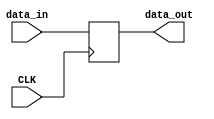
`timescale 1ns / 1ps
//////////////////////////////////////////////////////////////////////////////////
// Company: 
// Engineer: 
// 
// Design Name: 
// Module Name: DR
// Project Name: 
// Target Devices: 
// Tool Versions: 
// Description: 
// 
// Dependencies: 
// 
// Revision:
// Revision 0.01 - File Created
// Additional Comments:
// 
//////////////////////////////////////////////////////////////////////////////////


module DR(
    input CLK,
    input [31:0]data_in,
    output reg[31:0]data_out    
);
    always@(posedge CLK)
      begin
        data_out <= data_in;
      end

endmodule